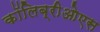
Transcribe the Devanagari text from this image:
कॉलिब्रीओएस